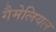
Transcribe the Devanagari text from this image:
गैमेलियल